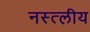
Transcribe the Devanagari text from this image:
नस्त्लीय